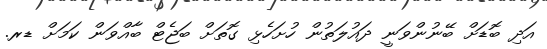
އަދި ބޮޑަށް ބޭނުންވަނީ ދައުލަތުން ހުށަހެޅި ގޮތަށް ބަޖެޓް ބާއްވަން ކަމަށް ޑރ.